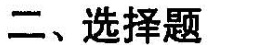
二、选择题